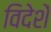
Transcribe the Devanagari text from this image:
विदेशें